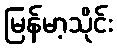
မြန်မာ့သိုင်း